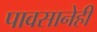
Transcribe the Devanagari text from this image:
पावसानेही